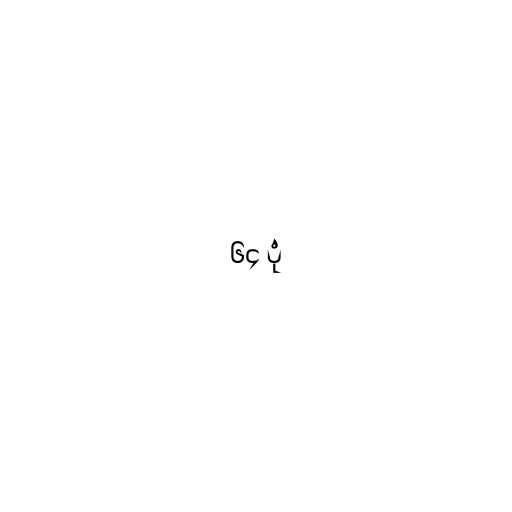
၆၄ ပုံ